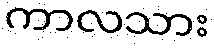
ကာလသား